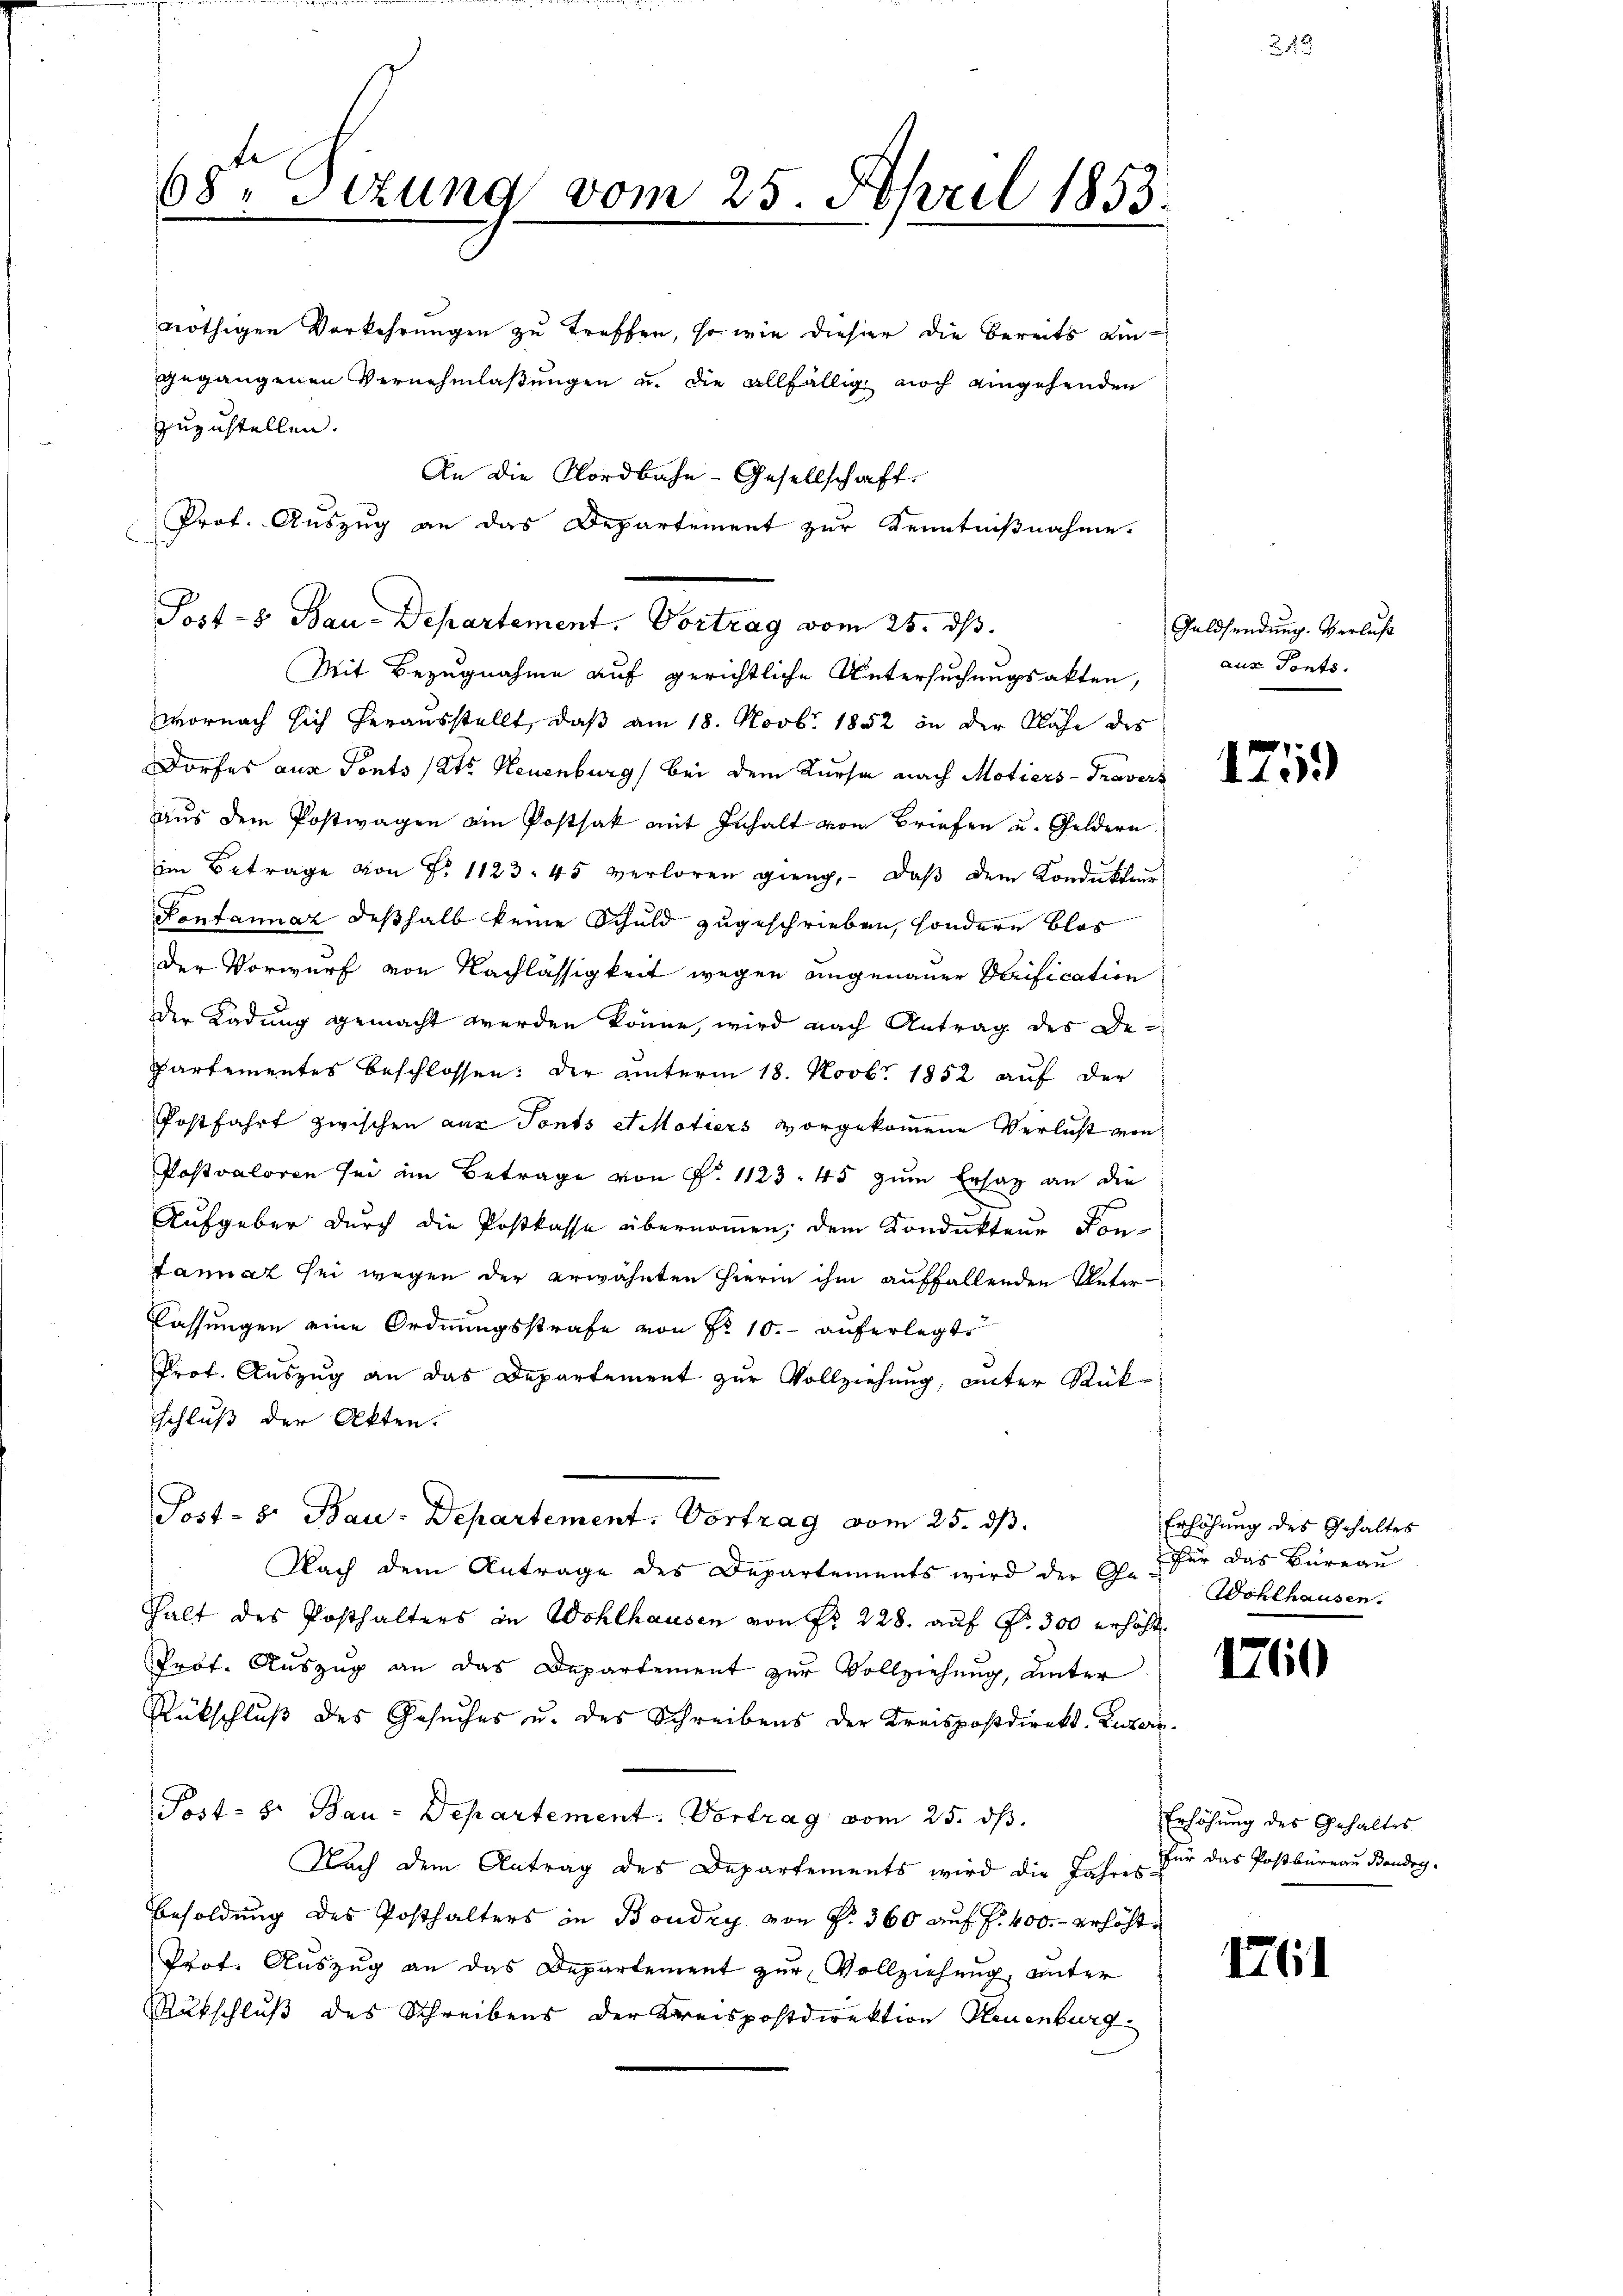
68. Sizung vom 25. April 1853.

gegangenen Vernehmlassungen u. die allfällig noch eingehenden
zuzustellen.
An die Nordbahn-Gesellschaft.
Prof. Auszug an das Departement zur Kenntnißnahme.

nöthigen Vorkehrungen zu treffen, so wie dieser die Bereits ain¬

Post-8 Bau-Departement. Vortrag vom 25. ds.
Mit Bezugnahme auf gerichtliche Untersuchungsakten,

wornach sich herausstellt, daß am 18. Novb. 1852 in der Nähe des
Dorfes aus Tonts tats Neuenburg, bei dem Kurse nach Motiers-Travers
aus dem Postwagen ain Postsak mit Inhalt von Briefen u. Geldern
im Betrage von No 1123. 45 verloren gieng, daß dem Kondukteur
Fontannaz deshalb keine Schuld zugeschrieben, sondern blos
der Vorwurf von Nachlässigkeit wegen angenauer Verification
der Kadung gemacht werden könne, wird nach Antrag des De-
Partementes beschlossen: Der unterm 18. Novbr. 1852 auf der
Postfahrt zwischen aus Tonts et Motiers vorgekommene Verlust von
Postvaloren sei im Betrage von P. 1123. 45 zum Ersatz an die
Aufgeber durch die Postkasse übernommen, dem Konduktene Kon-
fanat sei wegen der erwähnten hierin ihm auffallenden Unter
lassungen eine Ordnungsstrafe von No 10.- auferlegt.
Prof. Auszug an das Departement zur Vollziehung, unter Rück¬
Schluß der Akten.
Post- 8. Bau-Departement. Vortrag vom 25. ds.
Nach dem Antrage des Departements wird der Ge- Wohlhausen,
Halt des Posthalters in Wohlhausen von Fr. 228. auf Fr. 300 erhöht
Prof. Auszug an das Departement zur Vollziehung, unter
Rückschlŭβ des Gesŭches u. des Schreibens der Kreispostdirekt. Luzern.
Post- & Bau-Departement. Vortrag vom 25. ds.
Nach dem Antrag des Departements wird die Jahres der das Postbüreau Bondry-
Besoldung des Posthalters in Boudry von P. 360 auf S. 400.- erhöht.
Prof. Auszug an das Departement zur Vollziehung, unter
Rückschluß des Schreibens der Kreispostdirektion Neuenburg

Galdsendung. Verlust
aus Ponto.

1759)

Erhöhung des Gehaltes
Für das Büreau

1760

Erhöhung des Gehaltes

I61